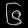
Digit: ၆